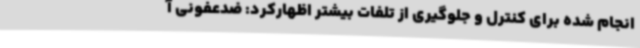
انجام شده برای کنترل و جلوگیری از تلفات بیشتر اظهارکرد: ضدعفونی آ